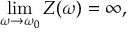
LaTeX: \operatorname* { l i m } _ { \omega \to \omega _ { 0 } } Z ( \omega ) = \infty ,